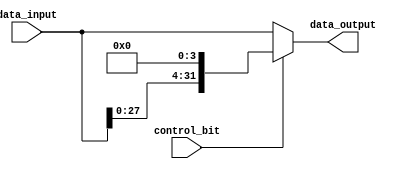
module my_4bit_leftshifter(data_input, control_bit, data_output);

	input [31:0] data_input;
	input control_bit;
	
	wire [31:0] shifted;
	
	output [31:0] data_output;
	
	
	genvar k;
	generate
	for(k = 31; k > 3; k = k-1) begin: my4ShiftLoop
		assign shifted[k] = data_input[k-4];
    end
	endgenerate
    
    genvar j;
	generate
	for(j = 3; j >= 0; j = j-1) begin: my4ShiftLoop2
		assign shifted[j] = 1'b0;
    end
	endgenerate
	
	assign data_output = control_bit ? shifted : data_input;
	
	
	
endmodule